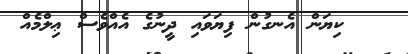
ކިޔަން އެނގުން ފިޔަވައި ދީނުގެ އެއްވެސް ޢިލްމެއް